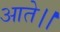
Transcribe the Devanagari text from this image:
आते।।